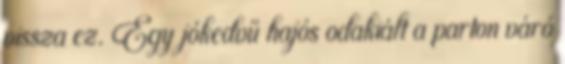
vissza ez. Egy jókedvű hajós odakiált a parton váró